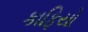
કાફિયો